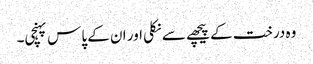
وہ درخت کے پیچھے سے نکلی اور ان کے پاس پہنچی۔